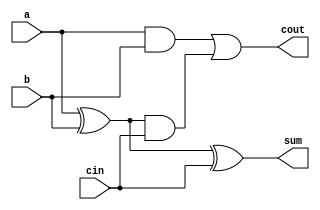
module fadder1bit_data(a,b,sum,cout,cin);
	input a,b,cin;
	output cout,sum;
	wire w1,w2,w3;
	assign sum=((a^b)^cin);
	assign cout=((a&b)|((a^b)&cin));

endmodule

// module tb_fadder1bit;
// 	reg a,b,cin;
// 	wire cout,sum;
// 	fadder1bit_data f1b(a,b,sum,cout,cin);
// 	initial
// 		begin
// 			$monitor(,$time," a=%b , b=%b, cin=%b, sum=%b, cout=%b",a,b,cin,sum,cout);
// 			#0 a=1'b0;b=1'b0;cin=1'b0;
// 			#2 a=1'b0;b=1'b0;cin=1'b1;
// 			#2 a=1'b0;b=1'b1;cin=1'b0;
// 			#2 a=1'b0;b=1'b1;cin=1'b1;
// 			#2 a=1'b1;b=1'b0;cin=1'b0;
// 			#2 a=1'b1;b=1'b0;cin=1'b1;
// 			#2 a=1'b1;b=1'b1;cin=1'b0;
// 			#2 a=1'b1;b=1'b1;cin=1'b1;
// 			$finish;
// 		end
// endmodule